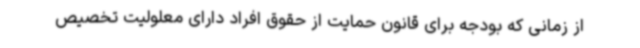
از زمانی که بودجه برای قانون حمایت از حقوق افراد دارای معلولیت تخصیص